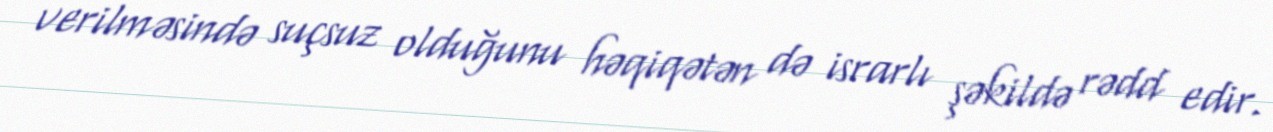
verilməsində suçsuz olduğunu həqiqətən də israrlı şəkildə rədd edir.